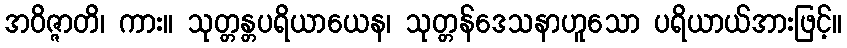
အဝိဇ္ဇာတိ၊ ကား။ သုတ္တန္တပရိယာယေန၊ သုတ္တန်ဒေသနာဟူသော ပရိယာယ်အားဖြင့်။